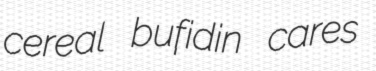
cereal bufidin cares